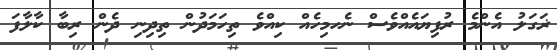
ޜަގަލު އެންމެ ރުފިޔައެއްވެސް ނެހމިހެއް ކިއްވެ ތިހަމަދުން ތިދިނި ދެން ރިބާ ކާލާފަ